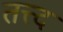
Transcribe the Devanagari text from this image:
तत्त्द